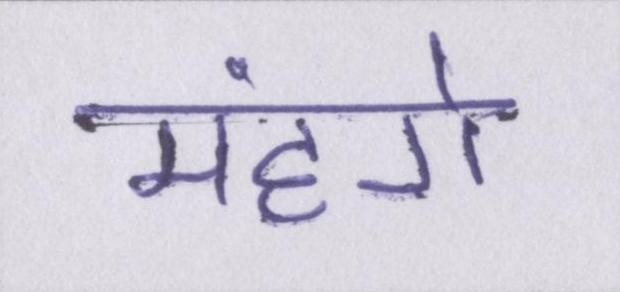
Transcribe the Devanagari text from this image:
मंहगे